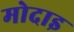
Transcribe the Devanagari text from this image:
मोदाइ